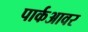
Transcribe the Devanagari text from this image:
पार्कआवर